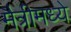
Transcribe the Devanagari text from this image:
मैत्रीमध्ये